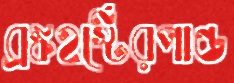
ব্রঙ্কহর্স্টেরপান্ড